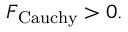
{ \cal F } _ { \mathrm { C a u c h y } } > 0 .